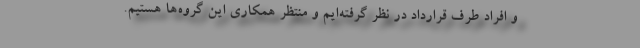
و افراد طرف قرارداد در نظر گرفته‌ایم و منتظر همکاری این گروه‌ها هستیم.